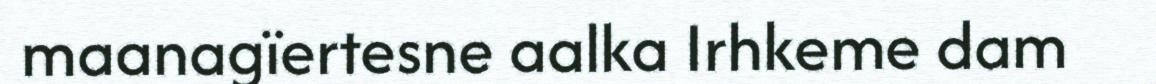
maanagïertesne aalka Irhkeme dam